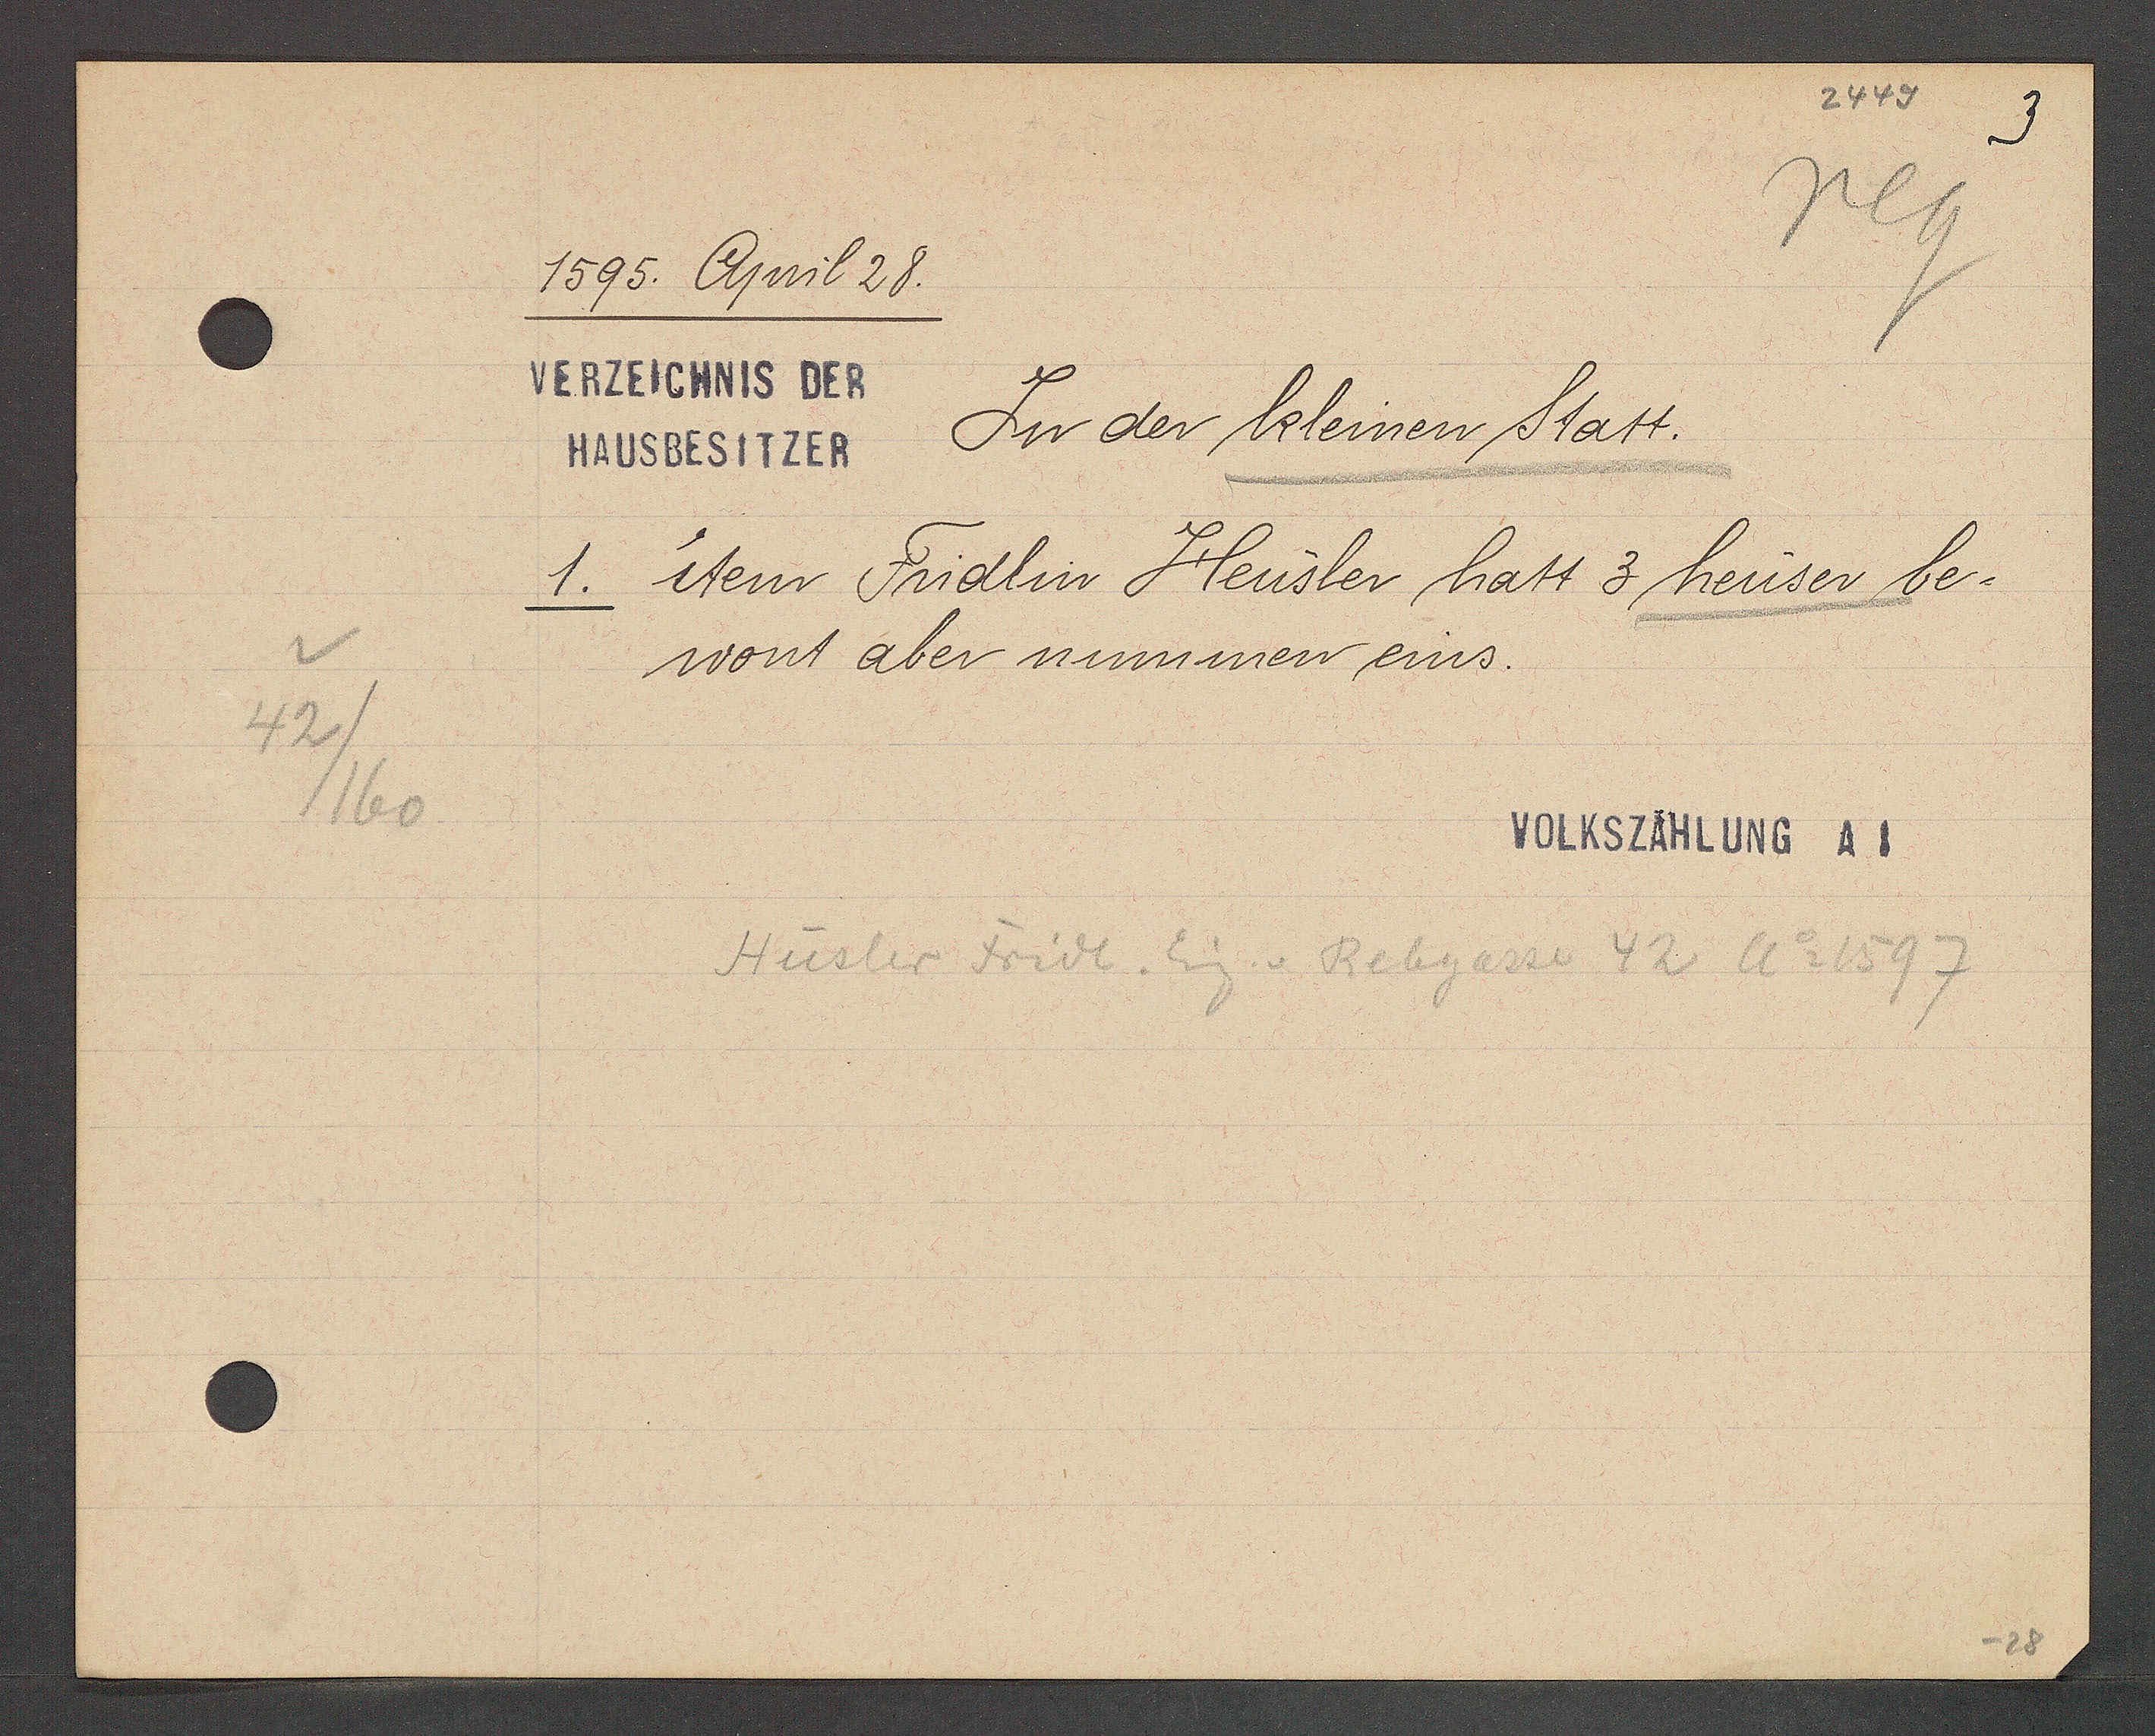
Transcript:
42
/160

1595. April 28.

VERZEICHNIS DER
HAUSBESITZER In der kleinen Statt.
1. item Fridlin Heusler hatt 3 heuser be¬
wont aber nummen eins.

VOLKSZÄHLUNG A1

Hüsler Fridt. Eig v. Rebgasse 42 Ao 1597